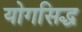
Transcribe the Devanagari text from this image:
योगसिद्ध